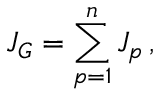
J _ { G } = \sum _ { p = 1 } ^ { n } J _ { p } \, ,